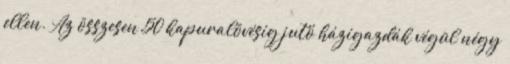
ellen. Az összesen 50 kapuralövésig jutó házigazdák végül négy